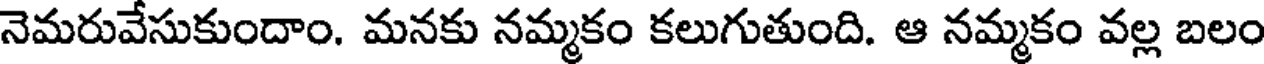
నెమరువేసుకుందాం. మనకు నమ్మకం కలుగుతుంది. ఆ నమ్మకం వల్ల బలం